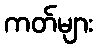
ကတ်များ